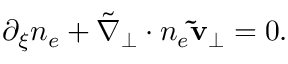
\begin{array} { r } { \partial _ { \xi } n _ { e } + \tilde { \nabla } _ { \perp } \cdot n _ { e } \mathbf { \tilde { v } } _ { \perp } = 0 . } \end{array}